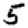
Digit: 5